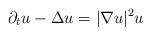
LaTeX: \begin{align*} \partial_t u -\Delta u = |\nabla u|^2 u \end{align*}